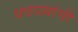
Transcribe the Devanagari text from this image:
धवळ्यांची